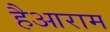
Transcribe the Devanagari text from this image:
हैआराम